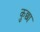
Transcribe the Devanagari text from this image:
कुछा